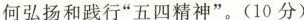
何弘扬和践行“五四精神”。(10分)